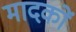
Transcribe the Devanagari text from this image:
मादकों